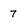
Character: 7